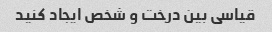
قیاسی بین درخت و شخص ایجاد کنید